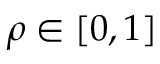
\rho \in [ 0 , 1 ]